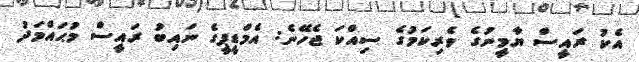
އެކު ރައީސް ޔާމީނުގެ ވެރިކަމުގެ ސިއްކަ ޖެހޭނެ: އެމްޑީޕީގެ ނައިބު ރައީސް މުޙައްމަދު